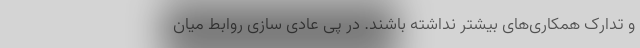
و تدارک همکاری‌های بیشتر نداشته باشند. در پی عادی سازی روابط میان